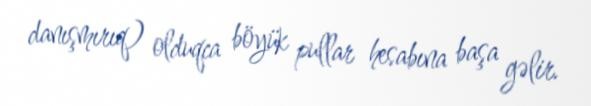
danışmırıq) olduqca böyük pullar hesabına başa gəlir.